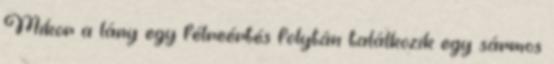
Mikor a lány egy félreértés folytán találkozik egy sármos